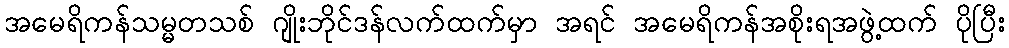
အမေရိကန်သမ္မတသစ် ဂျိုးဘိုင်ဒန်လက်ထက်မှာ အရင် အမေရိကန်အစိုးရအဖွဲ့ထက် ပိုပြီး